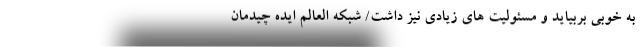
به خوبی بربیاید و مسئولیت های زیادی نیز داشت/ شبکه العالم ایده چیدمان